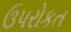
ઉપરોકત